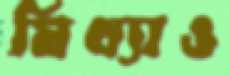
মিথ্যাও